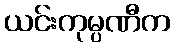
ယင်းကုမ္ပဏီက